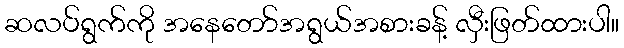
ဆလပ်ရွက်ကို အနေတော်အရွယ်အစားခန့် လှီးဖြတ်ထားပါ။